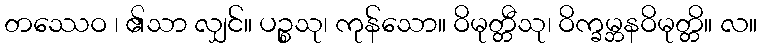
တဿေဝ ၊ ၏သာ လျှင်။ ပဉ္စသု၊ ကုန်သော။ ဝိမုတ္တီသု၊ ဝိက္ခမ္ဘနဝိမုတ္တိ။ လ။